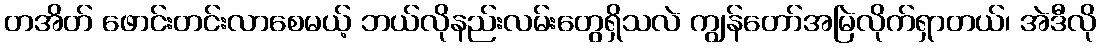
တအိတ် ဖောင်းတင်းလာစေမယ့် ဘယ်လိုနည်းလမ်းတွေရှိသလဲ ကျွန်တော်အမြဲလိုက်ရှာတယ်၊ အဲဒီလို